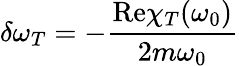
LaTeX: \delta\omega_{T}=-\frac{\mathrm{Re}\chi_{T}(\omega_{0})}{2m\omega_{0}}